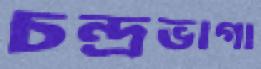
চন্দ্রভাগা